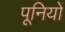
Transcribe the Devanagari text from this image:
पूनियों